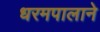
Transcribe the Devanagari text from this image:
धरमपालाने